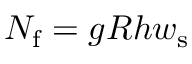
N _ { \mathrm { f } } = g R h w _ { \mathrm { s } }